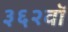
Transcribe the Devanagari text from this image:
३६२वॉ